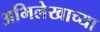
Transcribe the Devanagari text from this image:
अभिलेखाच्या